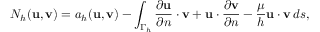
N _ { h } ( { \mathbf u } , { \mathbf v } ) = a _ { h } ( { \mathbf u } , { \mathbf v } ) - \int _ { \Gamma _ { h } } { \frac { \partial { { \mathbf u } } } { \partial n } } \cdot { \mathbf v } + { \mathbf u } \cdot { \frac { \partial { { \mathbf v } } } { \partial n } } - \frac { \mu } { h } { \mathbf u } \cdot { \mathbf v } \, d s ,